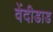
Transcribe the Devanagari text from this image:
वेंदीडाड